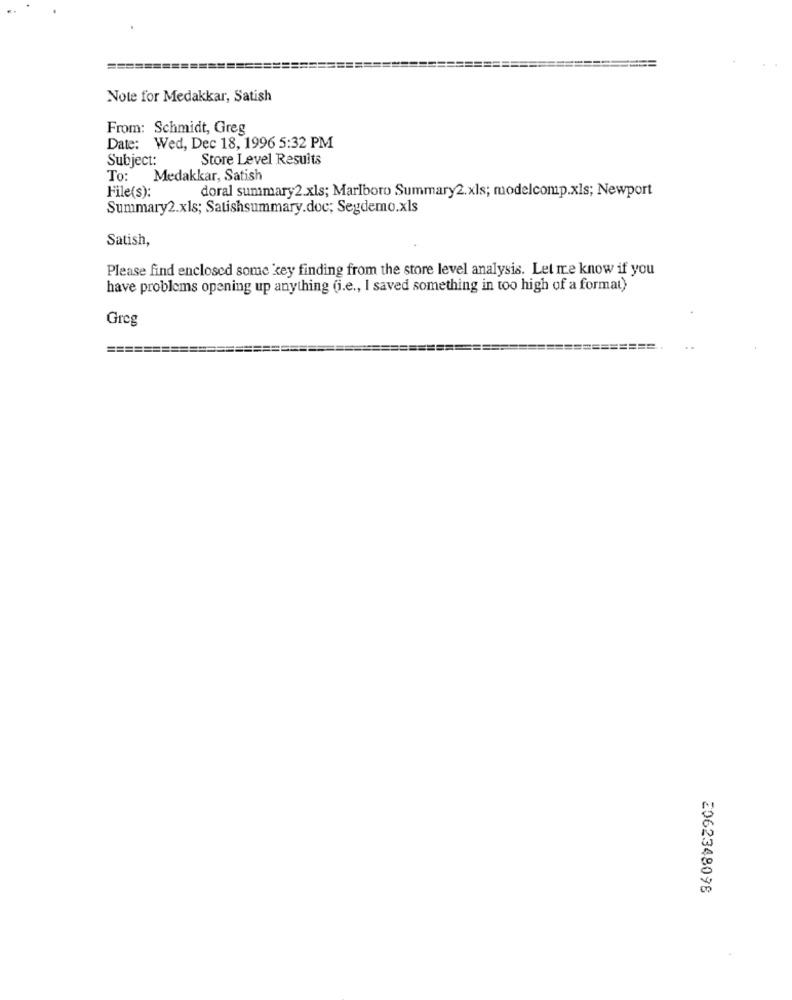
=======
====
Note for Medakkar, Satish
From: Schmidt, Greg
Date: Wed, Dec 18, 1996 5:32 PM
Subject:
Store Level Results
To: Medakkar, Satish
File(s):
doral summary2.xls; Marlboro Summary2.xls; modelcomp.xls; Newport
Summary2.xls; Satishsummary.doc; Segdemo.xls
Satish,
Please find enclosed some key finding from the store level analysis. Let me know if you
have problems opening up anything (i.e ., I saved something in too high of a format)
Greg
2062348096